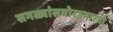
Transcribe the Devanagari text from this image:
सगळ्यांसमोरउभारतो